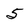
Character: 5